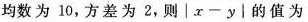
均数为10，方差为2，则$$│x-y│$$的值为